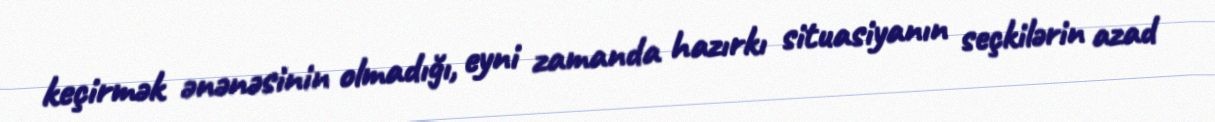
keçirmək ənənəsinin olmadığı, eyni zamanda hazırkı situasiyanın seçkilərin azad